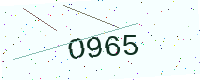
Text: O965